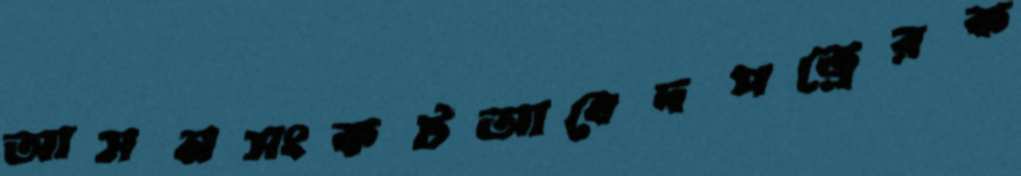
আসনসংকটআবেদপত্রেরক